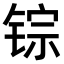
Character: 𫓽